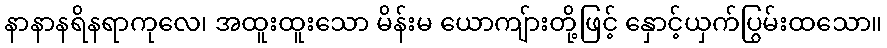
နာနာနရိနရာကုလေ၊ အထူးထူးသော မိန်းမ ယောကျ်ားတို့ဖြင့် နှောင့်ယှက်ပြွမ်းထသော။